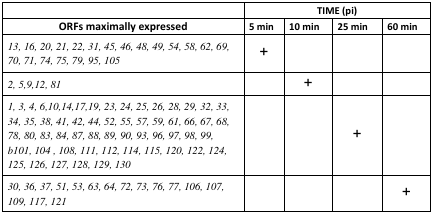
<table><thead><tr><td></td><td colspan="4"><b>TIME (pi)</b></td></tr><tr><td><b>ORFs maximally expressed</b></td><td><b>5 min</b></td><td><b>10 min</b></td><td><b>25 min</b></td><td><b>60 min</b></td></tr></thead><tbody><tr><td><i>13, 16, 20, 21, 22, 31, 45, 46, 48, 49, 54, 58, 62, 69, 70, 71, 74, 75, 79, 95, 105</i></td><td>+</td><td></td><td></td><td></td></tr><tr><td><i>2, 5,9,12, 81</i></td><td></td><td>+</td><td></td><td></td></tr><tr><td><i>1, 3, 4, 6,10,14,17,19, 23, 24, 25, 26, 28, 29, 32, 33, 34, 35, 38, 41, 42, 44, 52, 55, 57, 59, 61, 66, 67, 68, 78, 80, 83, 84, 87, 88, 89, 90, 93, 96, 97, 98, 99, b101, 104, 108, 111, 112, 114, 115, 120, 122, 124, 125, 126, 127, 128, 129, 130</i></td><td></td><td></td><td>+</td><td></td></tr><tr><td><i>30, 36, 37, 51, 53, 63, 64, 72, 73, 76, 77, 106, 107, 109, 117, 121</i></td><td></td><td></td><td></td><td>+</td></tr></tbody></table>